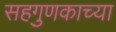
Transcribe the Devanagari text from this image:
सहगुणकाच्या